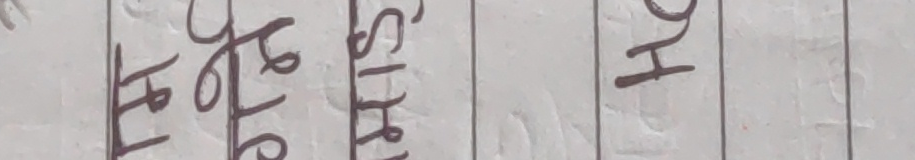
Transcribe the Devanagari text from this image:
प्र योलि SHIR HO